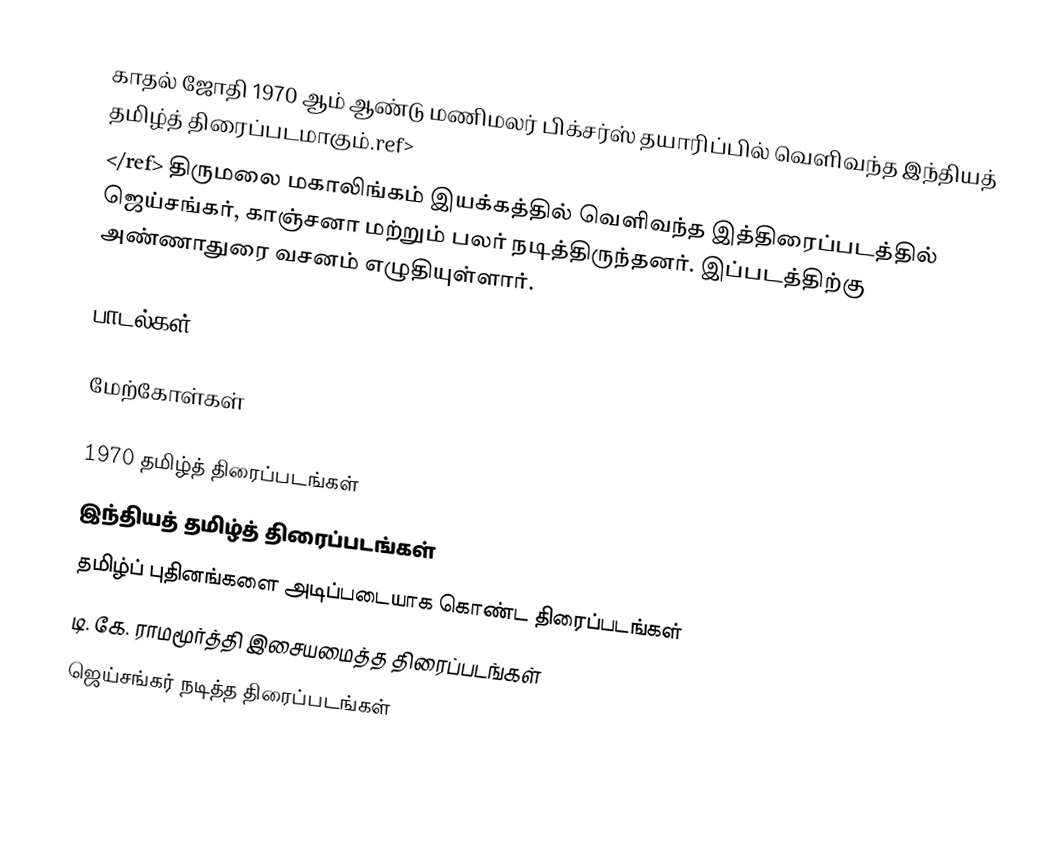
காதல் ஜோதி 1970 ஆம் ஆண்டு மணிமலர் பிக்சர்ஸ் தயாரிப்பில் வெளிவந்த இந்தியத் தமிழ்த் திரைப்படமாகும்.ref>
</ref> திருமலை மகாலிங்கம் இயக்கத்தில் வெளிவந்த இத்திரைப்படத்தில் ஜெய்சங்கர், காஞ்சனா மற்றும் பலர் நடித்திருந்தனர். இப்படத்திற்கு அண்ணாதுரை வசனம் எழுதியுள்ளார்.

பாடல்கள்

மேற்கோள்கள்

1970 தமிழ்த் திரைப்படங்கள்
இந்தியத் தமிழ்த் திரைப்படங்கள்
தமிழ்ப் புதினங்களை அடிப்படையாக கொண்ட திரைப்படங்கள்
டி. கே. ராமமூர்த்தி இசையமைத்த திரைப்படங்கள்
ஜெய்சங்கர் நடித்த திரைப்படங்கள்